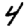
Digit: 4